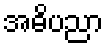
အဓိပညာ